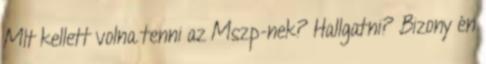
MIt kellett volna tenni az Mszp-nek? Hallgatni? Bizony én